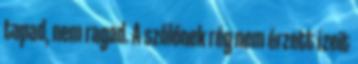
tapad, nem ragad. A szőlőnek rég nem érzett ízeit